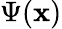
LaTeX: \Psi(\mathbf{x})